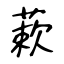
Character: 蔌